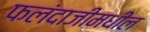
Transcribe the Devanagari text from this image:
फलंदाजीमधील